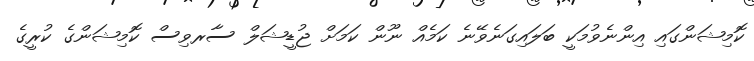
ކޮމިޝަންގައި އިންނެވުމަކީ ބަލައިގަނެވޭނެ ކަމެއް ނޫން ކަމަށް ޖުޑީޝަލް ސާރވިސް ކޮމިޝަންގެ ކުރީގެ